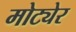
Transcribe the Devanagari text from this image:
मोट्येर